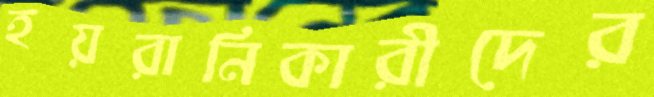
হয়রানিকারীদের